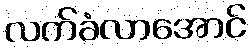
လက်ခံလာအောင်